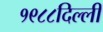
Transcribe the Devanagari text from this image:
१९८८दिल्ली